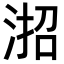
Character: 𪶎